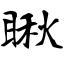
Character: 瞅